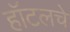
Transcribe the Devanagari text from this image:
हॉटलचे